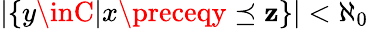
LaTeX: |\{ y\inC|x\preceqy\preceq\mathbf{z}\} |<\aleph_{0}